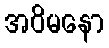
အဝိမနော